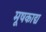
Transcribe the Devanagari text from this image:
मूषकाद्य